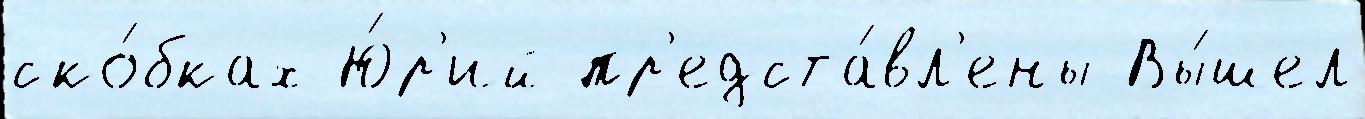
ско́бках Ю́р'ий пр'едста́вл'ены Вы́шел